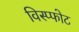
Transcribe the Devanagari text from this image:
विस्प्फोट